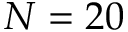
N = 2 0